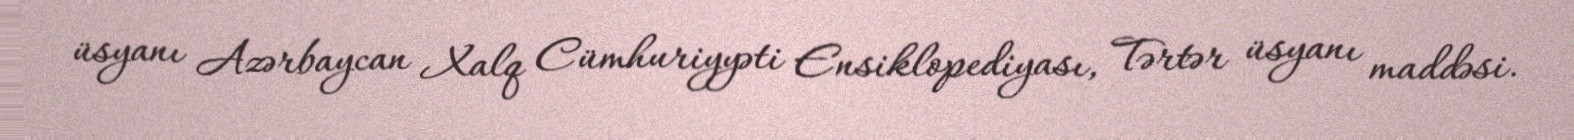
üsyanı Azərbaycan Xalq Cümhuriyyəti Ensiklopediyası, Tərtər üsyanı maddəsi.